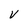
Character: V